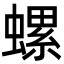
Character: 螺